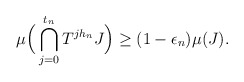
\begin{align*}\mu\Big(\bigcap_{j=0}^{t_n}T^{jh_n}J\Big) \geq (1-\epsilon_n)\mu(J).\end{align*}